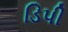
ડિપી